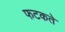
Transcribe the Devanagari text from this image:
फटकते